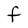
Character: F